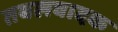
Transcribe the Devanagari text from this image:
तबलवादक